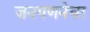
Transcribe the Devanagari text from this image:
जनगणनेचा